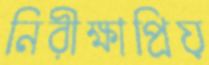
নিরীক্ষাপ্রিয়